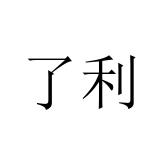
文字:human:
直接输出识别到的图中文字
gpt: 了利